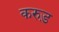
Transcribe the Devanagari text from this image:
करुड़